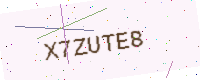
Text: X7ZUTE8